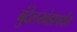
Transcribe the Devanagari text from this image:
बुंदेलखंडापर्यंत